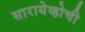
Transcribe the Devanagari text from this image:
सारायेव्होची